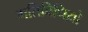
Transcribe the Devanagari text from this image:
गतिविधिय़ो